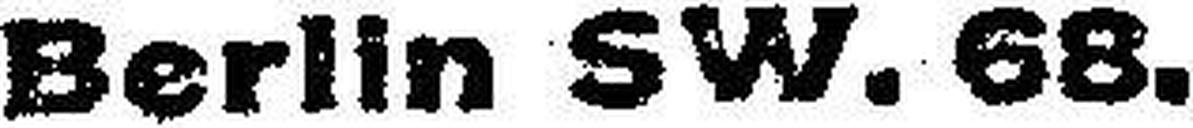
Berlin SW. 68.